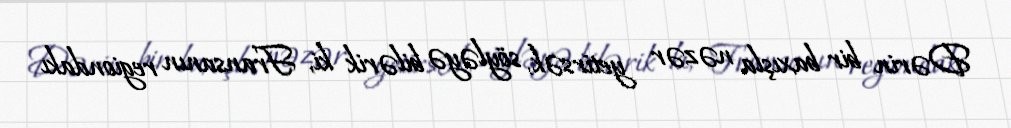
Dərin bir baxışla nəzər yetirsək, söyləyə bilərik ki, Fransanın regiondakı